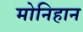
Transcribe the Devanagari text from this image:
मोनिहान